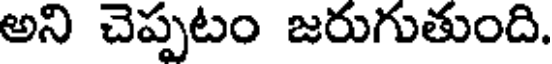
అని చెప్పటం జరుగుతుంది.